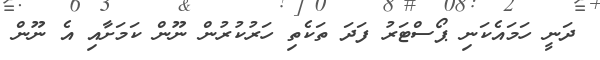
ދަނީ ހަމައެކަނި ޕޯސްޓަރު ފަދަ ތަކެތި ހަރުކުރުން ނޫން ކަމަށާއި އެ ނޫން